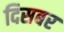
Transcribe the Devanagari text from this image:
दिसबर